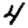
Digit: 4